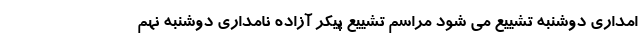
امداری دوشنبه تشییع می شود مراسم تشییع پیکر آزاده نامداری دوشنبه نهم